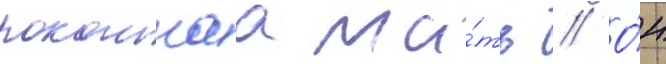
покоинаа ма́ть // О́н